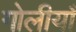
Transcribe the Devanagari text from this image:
गोलीयाँ